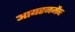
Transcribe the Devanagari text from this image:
आयरनमैन